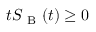
\d _ { t } S _ { \mathrm { ~ B ~ } } ( t ) \geq 0